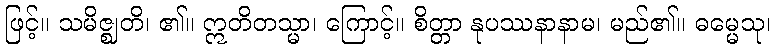
ဖြင့်။ သမိဇ္ဈတိ၊ ၏။ ဣတိတသ္မာ၊ ကြောင့်။ စိတ္တာ နုပဿနာနာမ၊ မည်၏။ ဓမ္မေသု၊